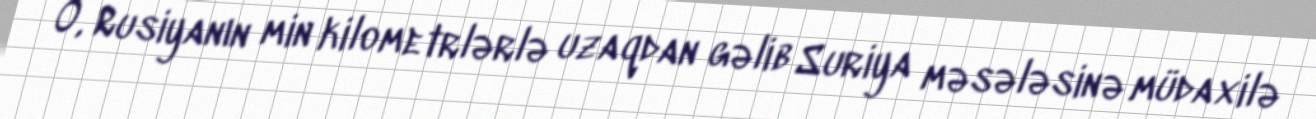
O, Rusiyanın min kilometrlərlə uzaqdan gəlib Suriya məsələsinə müdaxilə